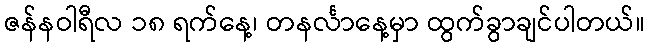
ဇန်နဝါရီလ ၁၈ ရက်နေ့၊ တနင်္လာနေ့မှာ ထွက်ခွာချင်ပါတယ်။